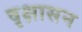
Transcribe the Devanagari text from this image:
वृक्षासन